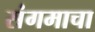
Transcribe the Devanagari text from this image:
संगमाचा